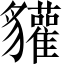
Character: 貛